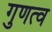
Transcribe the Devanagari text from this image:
गुणत्व